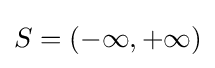
S=(-\infty ,+\infty )